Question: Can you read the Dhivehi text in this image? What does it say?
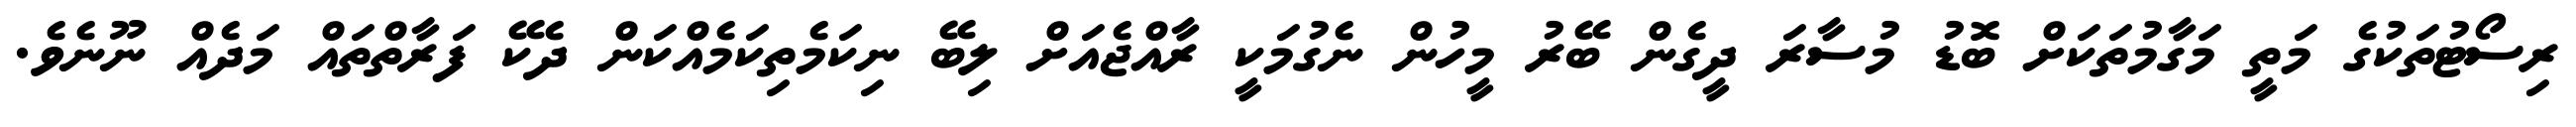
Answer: ރިސޯޓުތަކުގެ މަތީ މަގާމުތަކަށް ބޮޑު މުސާރަ ދީގެން ބޭރު މީހުން ނެގުމަކީ ރާއްޖެއަށް ލިބޭ ނިކަމެތިކަމެއްކަން ދެކޭ ފަރާތްތައް މަދެއް ނޫނެވެ.